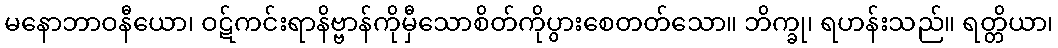
မနောဘာဝနီယော၊ ဝဋ်ကင်းရာနိဗ္ဗာန်ကိုမှီသောစိတ်ကိုပွားစေတတ်သော။ ဘိက္ခု၊ ရဟန်းသည်။ ရတ္တိယာ၊